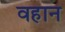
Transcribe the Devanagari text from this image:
वहान